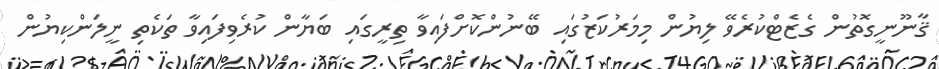
ޤާނޫނީގޮތުން ގެޒެޓްކުރެވޭ ލިޔުން މިމަރުކަޒުގައި ބޭނުންކޮށްފައިވާ ތިރީގައި ބަޔާން ކުރެވިފައިވާ ތަކެތި ނީލަންކިޔުން